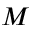
M